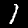
Digit: 1